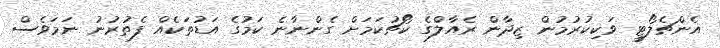
އެންޗެލޯޓީ ވަކިކުރުމުން ޒިދާން ރެއާލްގެ ކޯޗުކަމަށް ގެންނާނެ ކަމުގެ އަޑުތަކެއް ފެތުރުނު ނަމަވެސް